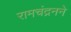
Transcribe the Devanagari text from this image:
रामचंद्रनने